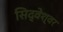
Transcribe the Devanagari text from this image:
सिद्वेश्वर